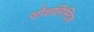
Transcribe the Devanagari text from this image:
सोशलिस्टिक